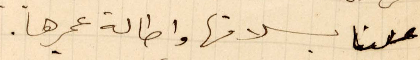
علينا بسلامتها واطالة عمرها.